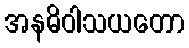
အနဓိဝါသယတော